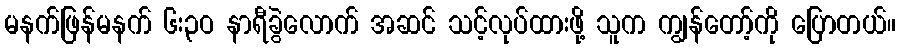
မနက်ဖြန်မနက် ၆း၃ဝ နာရီခွဲလောက် အဆင် သင့်လုပ်ထားဖို့ သူက ကျွန်တော့်ကို ပြောတယ်။